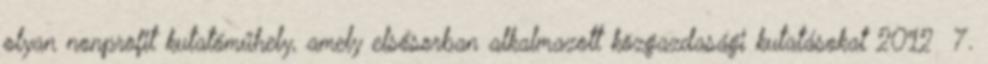
olyan nonprofit kutatóműhely, amely elsősorban alkalmazott közgazdasági kutatásokat 2012 7.